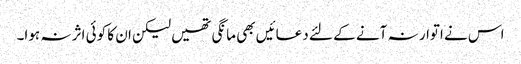
اس نے اتوار نہ آنے کے لئے دعائیں بھی مانگی تھیں لیکن ان کا کوئی اثر نہ ہوا۔